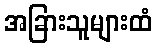
အခြားသူများထံ